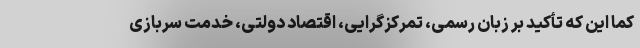
کما این که تأکید بر زبان رسمی، تمرکز‌گرایی، اقتصاد دولتی، خدمت سربازی